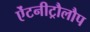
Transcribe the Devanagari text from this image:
ऐंटनीट्रौलौप